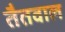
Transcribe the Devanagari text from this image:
तैतवाल